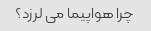
چرا هواپیما می لرزد؟